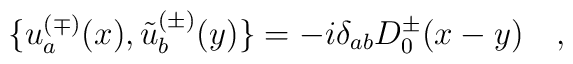
\{u_a^{(\mp)}(x),\tilde{u}_b^{(\pm)}(y) \} = -i \delta_{ab}D_0^{\pm}(x-y) \quad ,